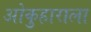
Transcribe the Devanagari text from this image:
ओकुहाराला